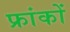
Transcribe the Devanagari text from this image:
फ्रांकों